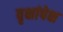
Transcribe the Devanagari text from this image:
वृक्षांपेक्ष